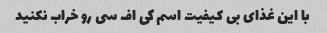
با این غذای بی کیفیت اسم کی اف سی رو خراب نکنید